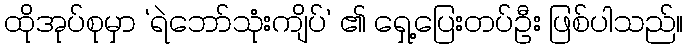
ထိုအုပ်စုမှာ ‘ရဲဘော်သုံးကျိပ်’ ၏ ရှေ့ပြေးတပ်ဦး ဖြစ်ပါသည်။